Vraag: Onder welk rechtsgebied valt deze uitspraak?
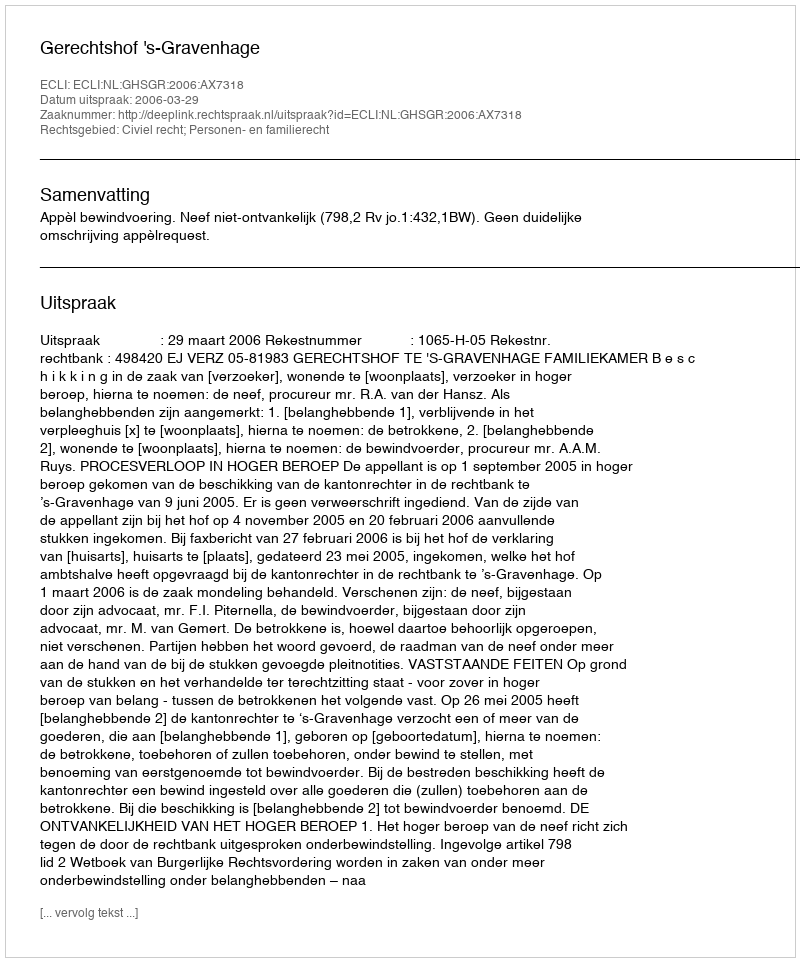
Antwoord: Civiel recht; Personen- en familierecht